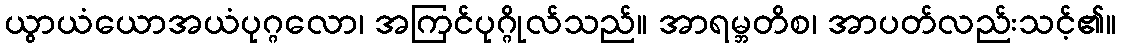
ယွာယံယောအယံပုဂ္ဂလော၊ အကြင်ပုဂ္ဂိုလ်သည်။ အာရမ္ဘတိစ၊ အာပတ်လည်းသင့်၏။